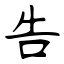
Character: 告